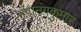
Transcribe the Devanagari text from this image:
नंगानंगकुमार